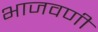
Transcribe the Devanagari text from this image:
भाजवणी